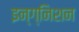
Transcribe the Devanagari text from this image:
इन्ग्निशन